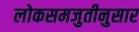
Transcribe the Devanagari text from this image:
लोकसमजुतीनुसार